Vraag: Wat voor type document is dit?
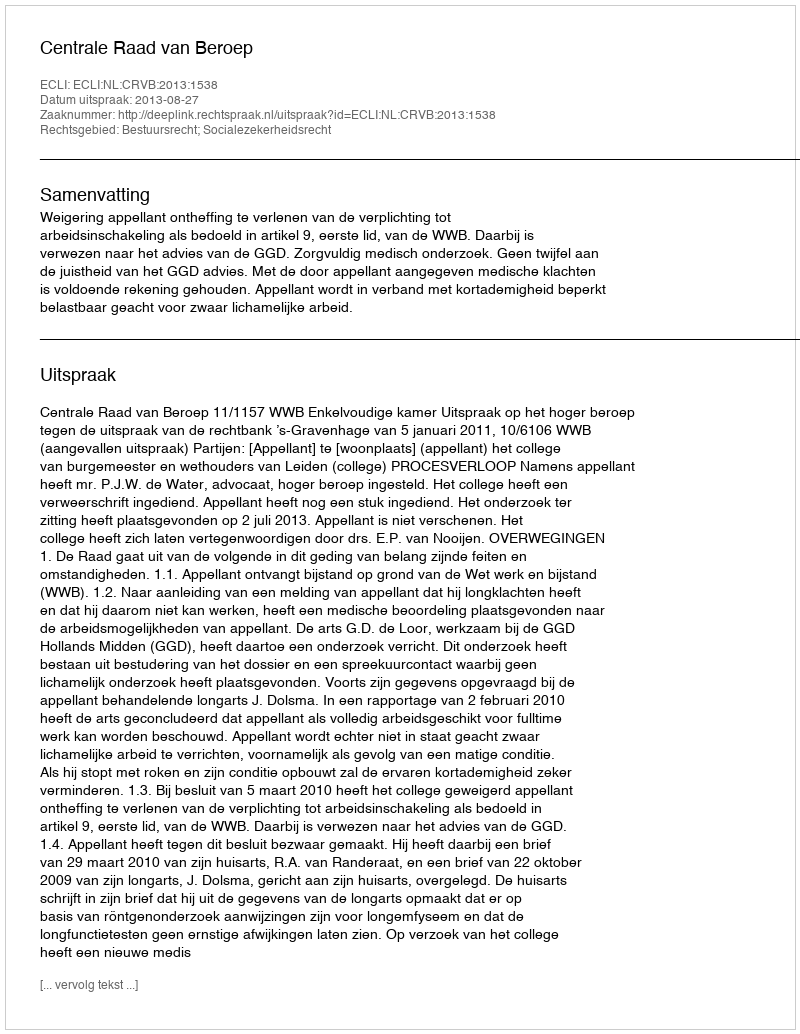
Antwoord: Uitspraak